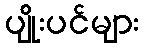
ပျိုးပင်များ